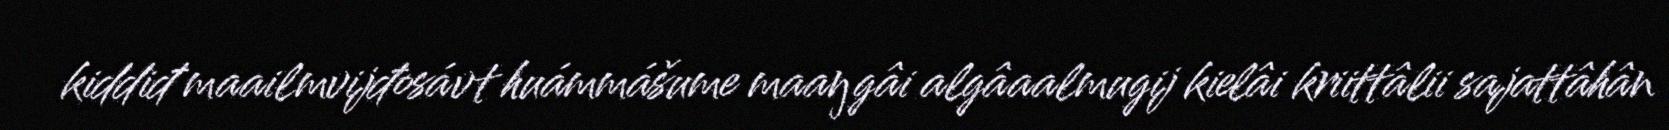
kiddiđ maailmvijđosávt huámmášume maaŋgâi algâaalmugij kielâi kriittâlii sajattâhân